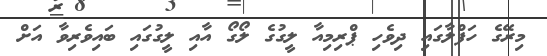
މިރޭގެ ހަފްލާގައި ދިވެހި ޕްރިމިއާ ލީގުގެ ލޯގޯ އާއި ލީގުގައި ބައިވެރިވާ އަށް